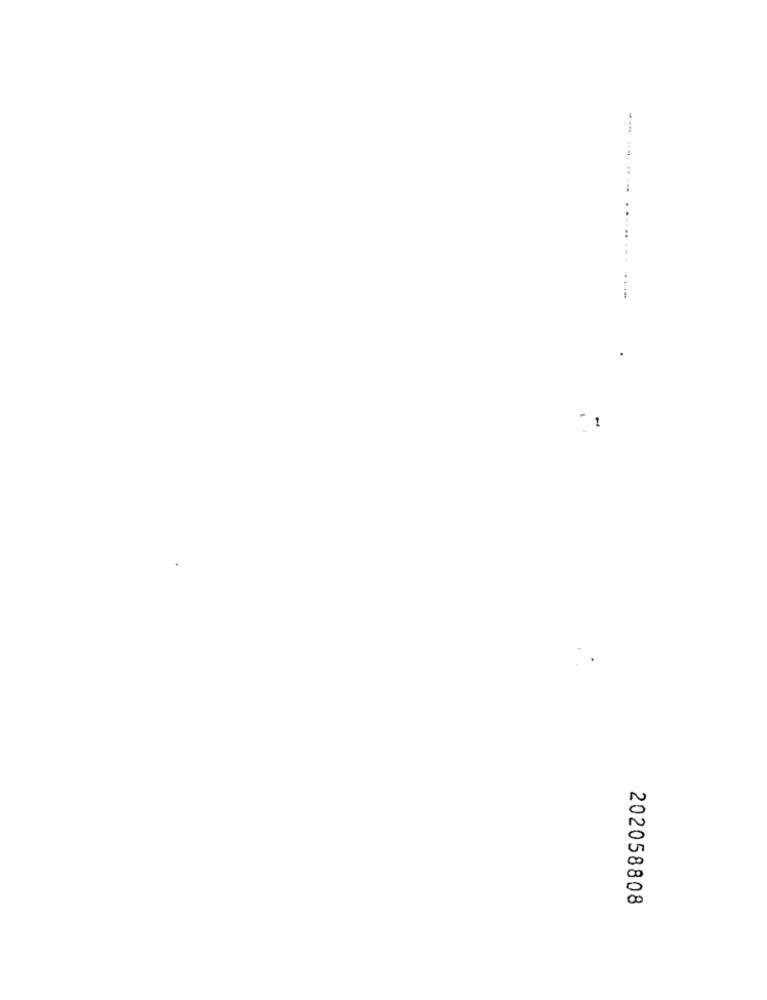
202058808